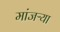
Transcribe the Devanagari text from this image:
मांजऱ्या